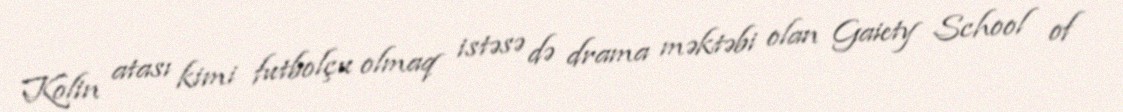
Kolin atası kimi futbolçu olmaq istəsə də drama məktəbi olan Gaiety School of